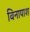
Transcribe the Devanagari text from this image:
विनापाश